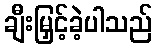
ချီးမြှင့်ခဲ့ပါသည်